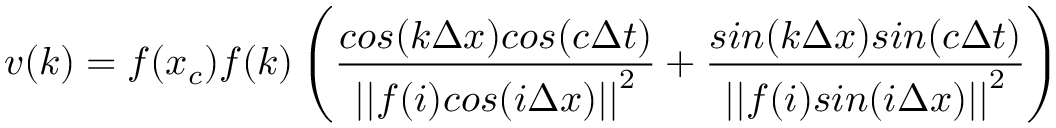
v ( k ) = f ( x _ { c } ) f ( k ) \left( \frac { c o s ( k \Delta x ) c o s ( c \Delta t ) } { { | | f ( i ) c o s ( i \Delta x ) | | } ^ { 2 } } + \frac { s i n ( k \Delta x ) s i n ( c \Delta t ) } { { | | f ( i ) s i n ( i \Delta x ) | | } ^ { 2 } } \right)